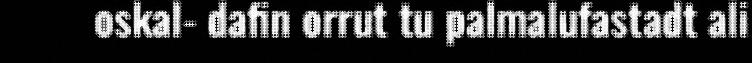
oskal- dafin orrut tu palmalufastadt ali